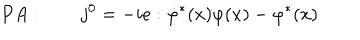
LaTeX: P A : \qquad j ^ { 0 } = - i e : \dot { \varphi } ^ { \ast } ( x ) \varphi ( x ) - \varphi ^ { \ast } ( x )